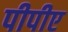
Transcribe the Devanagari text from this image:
पीपीए